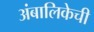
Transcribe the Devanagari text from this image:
अंबालिकेची